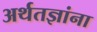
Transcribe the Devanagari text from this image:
अर्थतज्ञांना